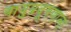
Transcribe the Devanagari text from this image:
वायुप्रदूषणाला